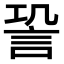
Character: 𧦬